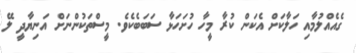
ގެއެއްލުމާއި ހަލާކަށް އެކަން ކުރާ މީހާ ހުށަހަޅާ ސަބަބެކެވެ. މީސްތަކުންނަށް އަނިޔާދީ ލޭ